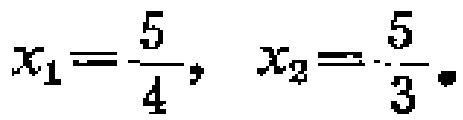
$x_{1}=-\frac{5}{4},\ x_{2}=-\frac{5}{3}.$